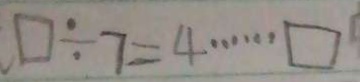
\square \div 7 = 4 \cdots \square